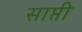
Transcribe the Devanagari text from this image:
साप्ती